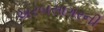
અરબસાગરની